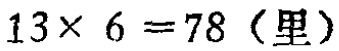
\(13\times 6 =78 (\text{里})\)